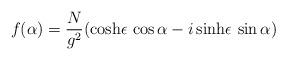
LaTeX: \begin{align*}f(\alpha) = \frac{N}{g^2} (\cosh \! \epsilon \, \cos \alpha - i \sinh \! \epsilon \, \sin \alpha )\end{align*}